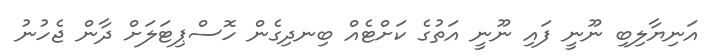
އަނިޔާލިބި ނޫނީ ފައި ނޫނީ އަތުގެ ކަށްޓެއް ބިނދިގެން ހޮސްޕިޓަލަށް ދާން ޖެހުނު